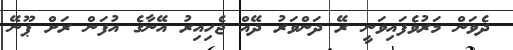
ދެވަން މަރުވެފައިވަނީ ރޭ ދަންވަރު ދޭއް ޖެހިއިރު އޭނާގެ އުފަން ރަށް ޕޫނޭ